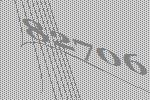
82706